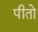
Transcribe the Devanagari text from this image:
पीतो